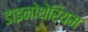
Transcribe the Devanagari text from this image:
डाइनोथेरियम